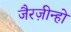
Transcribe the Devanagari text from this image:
जैरज़ीन्हो